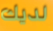
لديك